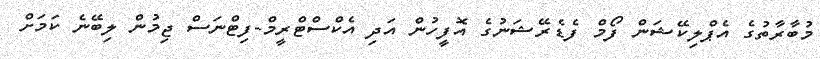
މުބާރާތުގެ އެޕްލިކޭޝަން ފޯމް ފެޑެރޭޝަނުގެ އޮފީހުން އަދި އެކްސްޓްރީމް-ފިޓްނަސް ޖިމުން ލިބޭނެ ކަމަށް